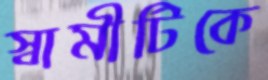
স্বামীটিকে